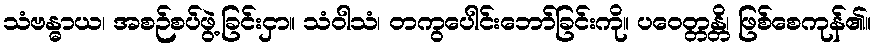
သံဗန္ဓာယ၊ အစဉ်စပ်ဖွဲ့ခြင်းငှာ။ သံဝါသံ၊ တကွပေါင်းဘော်ခြင်းကို။ ပဝေတ္တန္တိ၊ ဖြစ်စေကုန်၏။